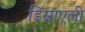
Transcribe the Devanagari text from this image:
डिस्राएली